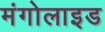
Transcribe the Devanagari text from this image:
मंगोलाइड